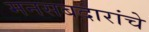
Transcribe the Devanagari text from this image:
मनसबदारांचे